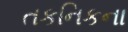
તકનિકના